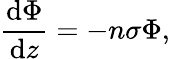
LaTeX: {\frac{\mathrm{d}\Phi}{\mathrm{d}z}}=-n\sigma\Phi,